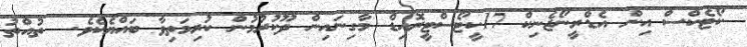
ކޯޓެކްސް އިން އެޑްރީނޯޖެނިކް 17ކީޓޯސްޓީރޮއިޑް މާގިނައިން ދޫކުރުމުން ކުރިމަތިވާ ބައްޔެކެވެ.  ތުއްތު